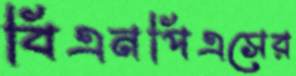
বিএনপিএসের